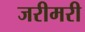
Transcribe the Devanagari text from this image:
जरीमरी